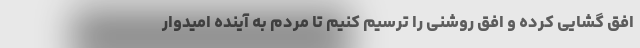
افق گشایی کرده و افق روشنی را ترسیم کنیم تا مردم به آینده امیدوار